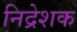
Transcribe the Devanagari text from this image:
निद्रेशक